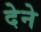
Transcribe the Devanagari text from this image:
देेने